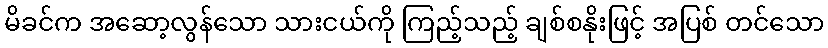
မိခင်က အဆော့လွန်သော သားငယ်ကို ကြည့်သည့် ချစ်စနိုးဖြင့် အပြစ် တင်သော